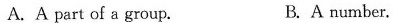
A. A part of a group. B. A number.